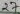
Text: 26